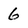
Character: 6